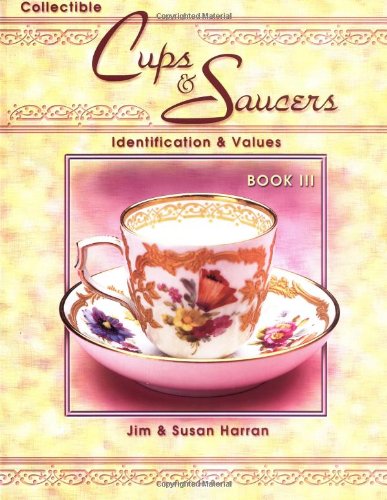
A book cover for Collectible Cups & Saucers: Identification & Values, Book 3; Jim Harran; Crafts, Hobbies & Home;